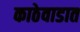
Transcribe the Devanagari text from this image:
काठेवाडात